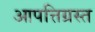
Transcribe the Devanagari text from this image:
आपत्तिग्रस्त